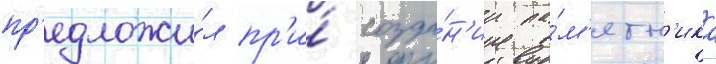
пр'едложи́л пр'и́ созда́н'ии па́м'ятн'ика